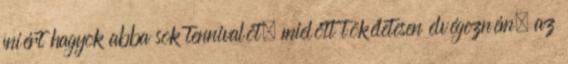
miért hagyok abba sok tennivalót, mielőtt tökéletesen elvégezném, az